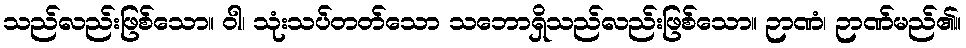
သည်လည်းဖြစ်သော။ ဝါ၊ သုံးသပ်တတ်သော သဘောရှိသည်လည်းဖြစ်သော။ ဉာဏံ၊ ဉာဏ်မည်၏။